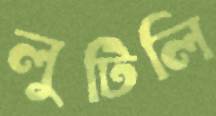
লুটিলি